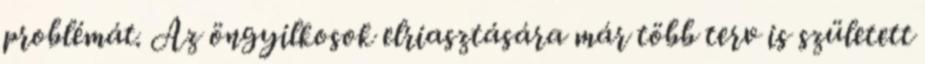
problémát. Az öngyilkosok elriasztására már több terv is született